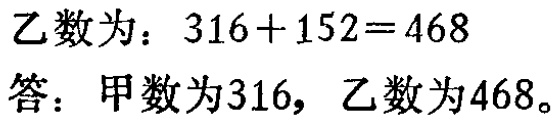
乙数为：\(316 + 152 = 468\)

答：甲数为\(316\)，乙数为\(468\)。